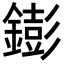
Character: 𨭌